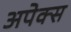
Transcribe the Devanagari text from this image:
अपेक्स